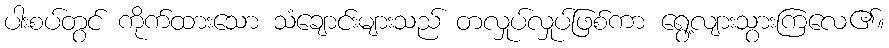
ပါးစပ်တွင် ကိုက်ထားသော သံချောင်းများသည် တလှုပ်လှုပ်ဖြစ်ကာ ရွေ့လျားသွားကြလေ၏။